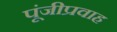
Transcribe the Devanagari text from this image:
पूंजीप्रवाह